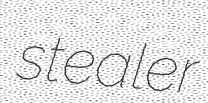
stealer